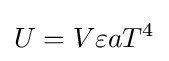
U=V\varepsilon aT^{4}